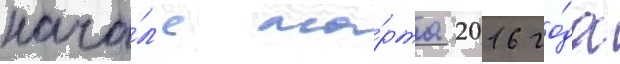
нача́л'е ма́рта 2016 го́да